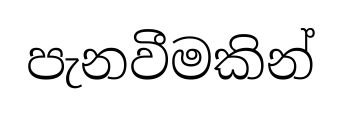
පැනවීමකින්